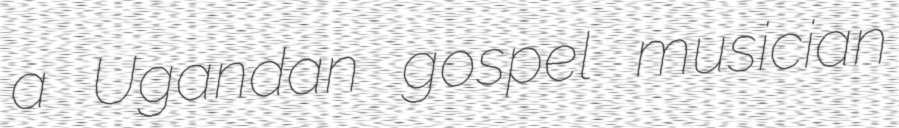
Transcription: a Ugandan gospel musician